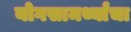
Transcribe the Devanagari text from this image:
योगसामर्थ्यांचा